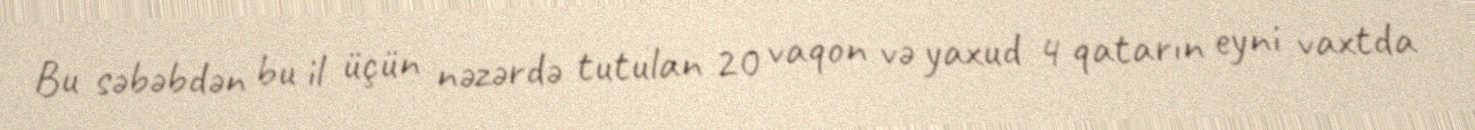
Bu səbəbdən bu il üçün nəzərdə tutulan 20 vaqon və yaxud 4 qatarın eyni vaxtda